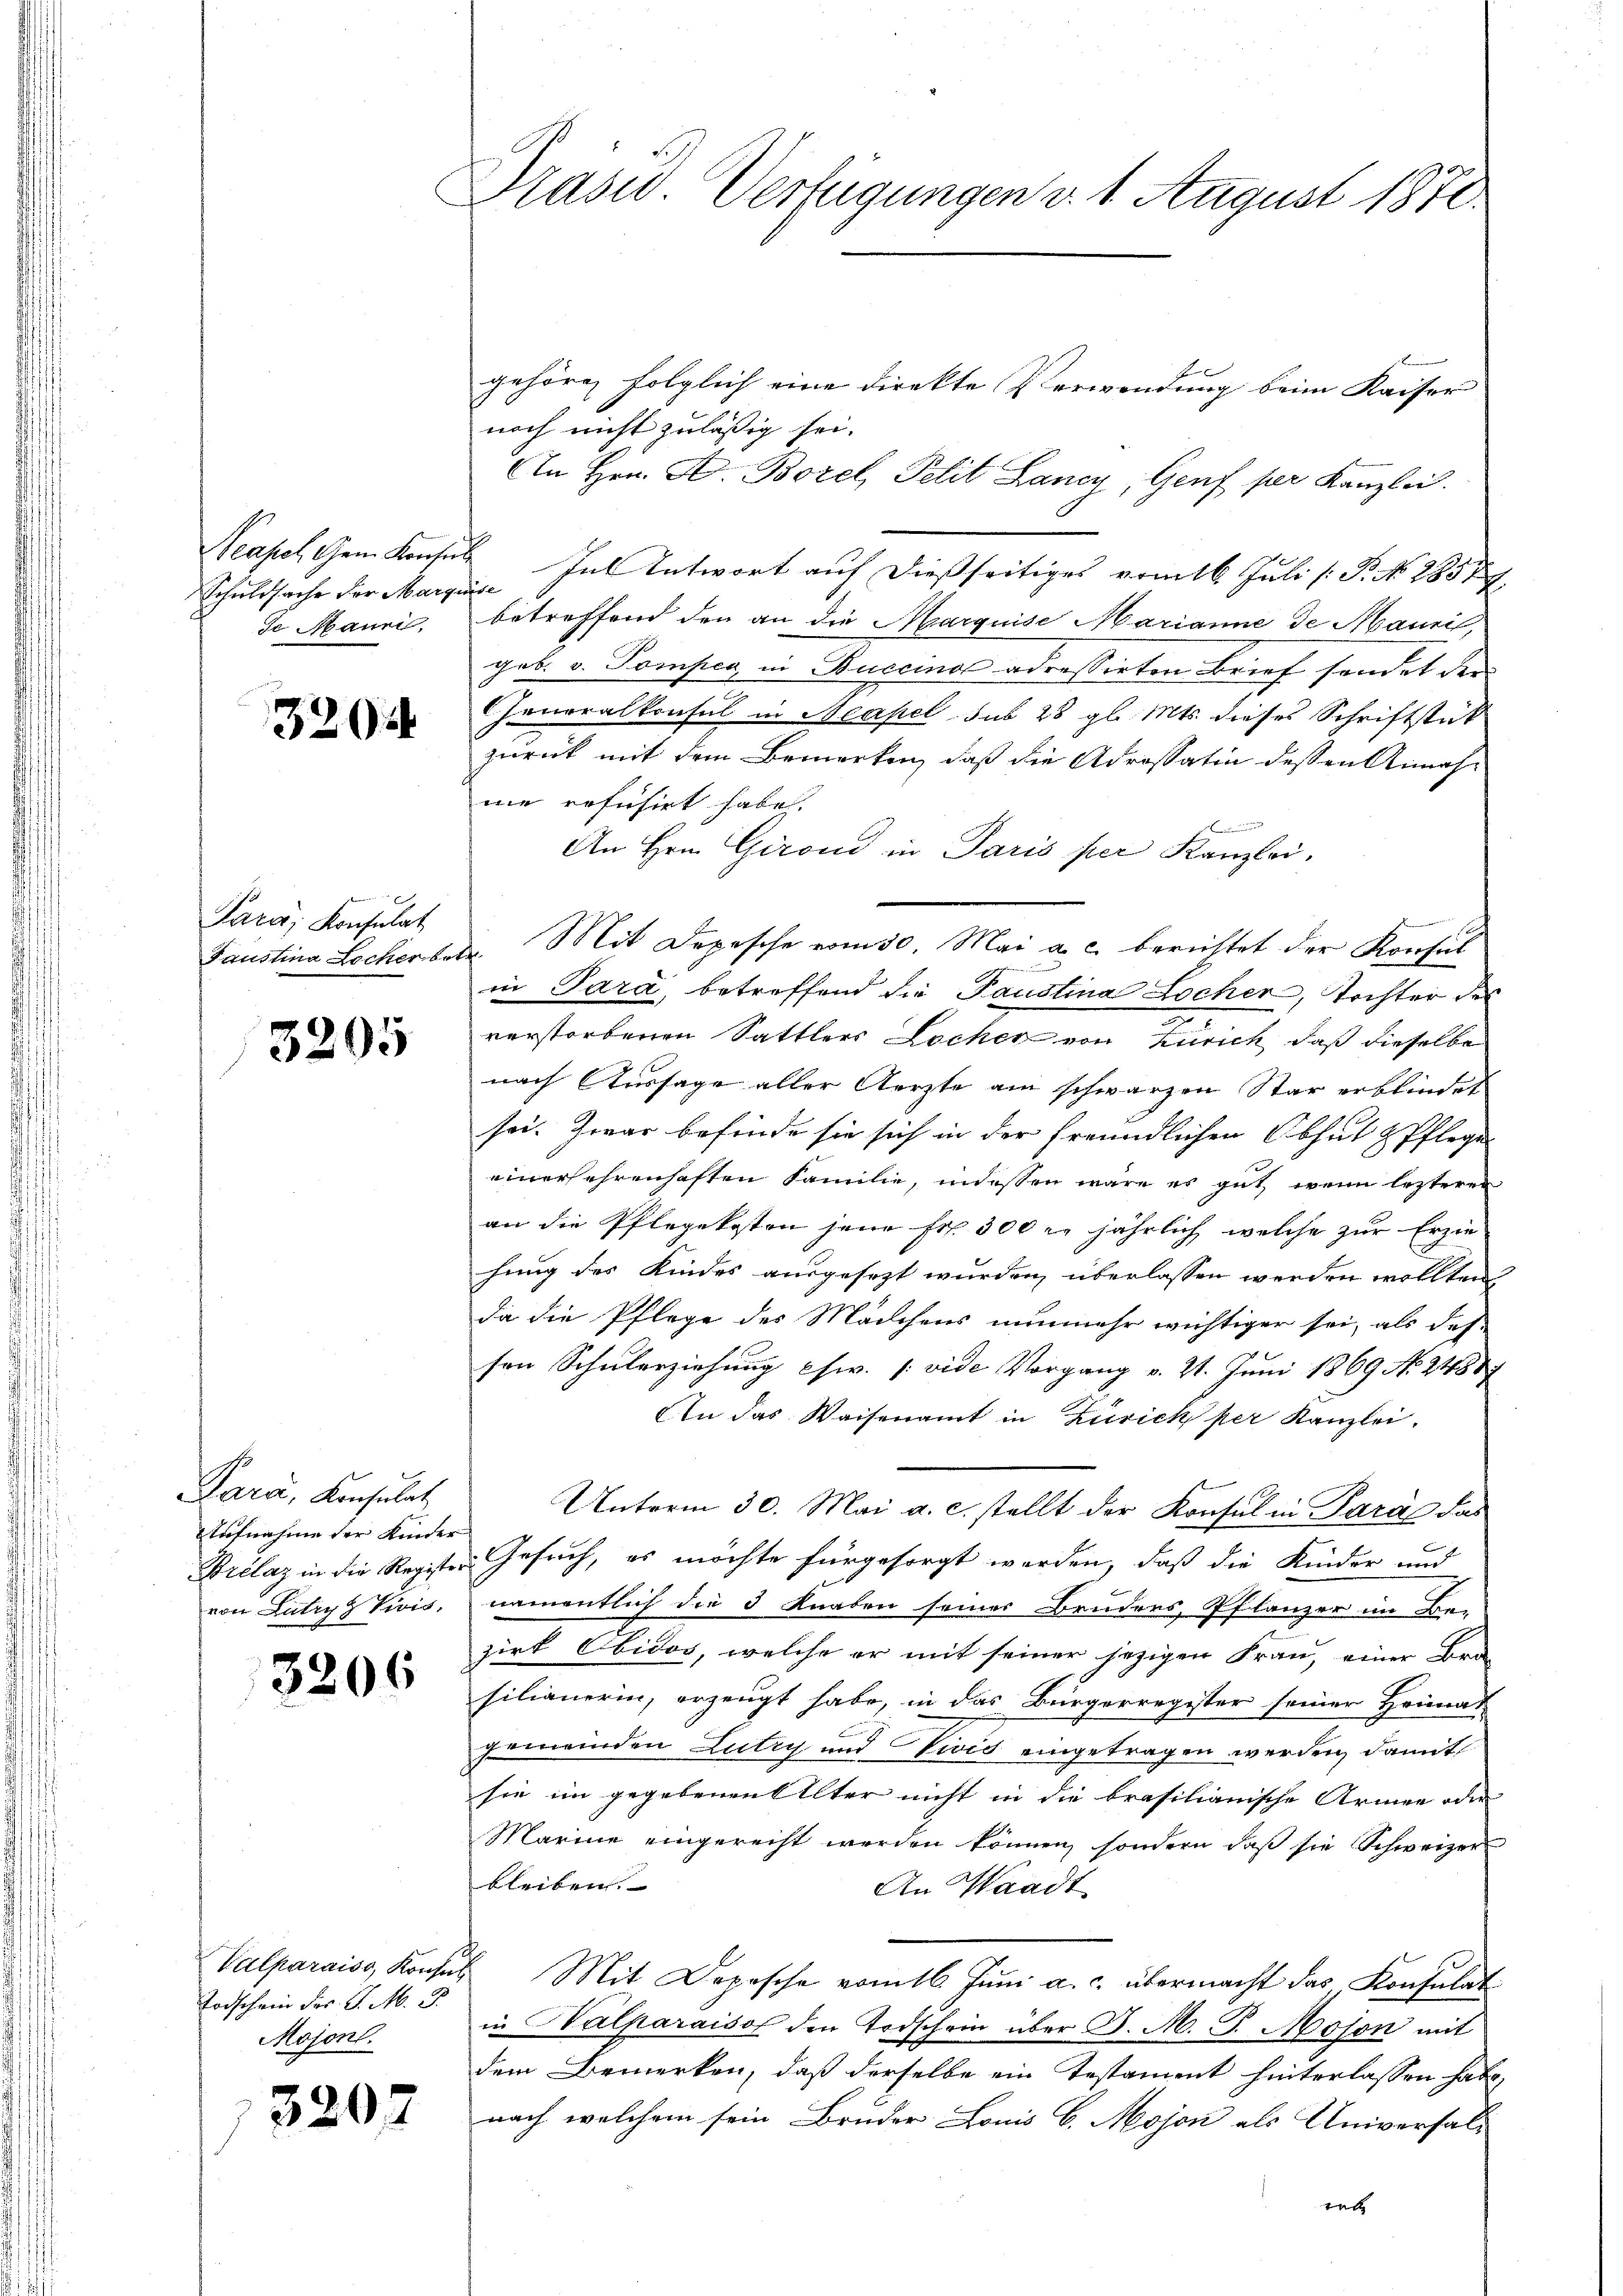
Neapel, Gem Konse
Schuldsache der Marg.
Je Manni.

3204

Para, Konsulat

3205

Para, Konsulat
Aufnahme der Kinder
von Lutryz Vivis,

3206

Todschein Fr. J. M. B.
Mojonl.

320:

Prasw. Verfügungen d. 1. August 1870.

gehöre folglich eine direkte Verwendung beim Kaiser
noch nicht zuläßig sei.
In Hrn. F. Borel, Pelit Lancy, Genf per Kanzlei.
u. In Antwort auf dießseitiges vom 16. Juli [ P. No. 1857
r
betreffend den an die Marquise Marianne de Mauril,
geb. v. Pompen in Buccino adressirten Brief sendet der
CGeneralkonsul in Neapel sub 28 gl. Mts. dieses Schriftstück
zurück mit dem Bemerken, daß die Adrossatin dessen Annahne rofusirt habe.
An Hrn. Girond in Paris per Kanzlei.
Faustina Locherbetr. Mit Depesche vom 30. Mai a. c. berichtet der Konsul
in Para, betreffend die Paustina Locher, Tochter des
verstorbenen Sattlers Lecher von Zürich, daß dieselbe
nach Aussage aller Aerzte am schwarzen Star erblindet
sei. Zwar befinde sie sich in der freundlichen Obhut & Pflege
einersehrenhaften Familie, indessen wäre es gut wenn lezteres
an die Pflegekosten jene Fr. 300 l. jährlich, welche zur Erzie
hung des Kindes ausgesezt wurden, überlassen werden wollten
da die Pflege des Mädchens nunmehr wichtiger sei, als des
son Schülerziehung chw. (vide Vorgang v. 21. Juni 1869 No 24887
An das Waisenamt in Zürich per Kanzlei.
Unterm 30. Mai a. c. stellt der Konsul in Paral das
Brclaz in die Register Gesuch, es möchte für gesorgt werden, daß die Kinder und
namentlich die 3 Knaben seiner Bruders, Pflanzer im Be-
zirk Obidos, welche er mit seiner jezigen Frau, einer Bran
silianerin, erzeugt habe, in das Bürgerregister seiner Heimat
gemeinden Lutry und Zies eingetragen werden, damit
sie im gegebenen Alter nicht in die brasilianische Armee oder
Marine eingerecht werden können, sondern daß sie Schweizer
bleiben.
An Waadt
Valparaiss, Konsul Mit Depesche vom 16. Juni a. c. übermacht das Konsulat
in Salparaison den Todschein über J. M. J. Mojon mit
dem Bemerken, daß derselbe ein Testament hinterlassen habe.
nach welchem sein Bruder Louis 6. Mojon als Universali
t